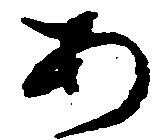
あ